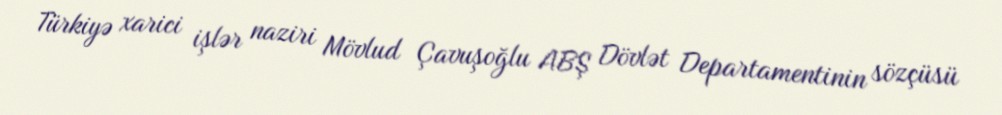
Türkiyə xarici işlər naziri Mövlud Çavuşoğlu ABŞ Dövlət Departamentinin sözçüsü